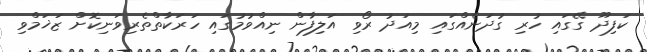
ކަފިދޫ ގޭގައި ހުރި ގުދަނެއްގައި މިއަދު ރޯވި އަލިފާން ނިއްވުމުގައި ހަރަކާތްތެރިވަނިކޮށް ޒަޚަމްވި